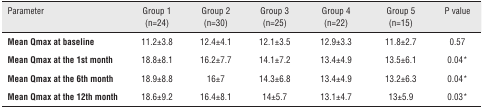
<table><thead><tr><td><b>Parameter</b></td><td><b>Group 1 (n=24)</b></td><td><b>Group 2 (n=30)</b></td><td><b>Group 3 (n=25)</b></td><td><b>Group 4 (n=22)</b></td><td><b>Group 5 (n=15)</b></td><td><b>P value</b></td></tr></thead><tbody><tr><td><b>Mean Qmax at baseline</b></td><td>11.2±3.8</td><td>12.4±4.1</td><td>12.1±3.5</td><td>12.9±3.3</td><td>11.8±2.7</td><td>0.57</td></tr><tr><td><b>Mean Qmax at the 1st month</b></td><td>18.8±8.1</td><td>16.2±7.7</td><td>14.1±7.2</td><td>13.4±4.9</td><td>13.5±6.1</td><td>0.04*</td></tr><tr><td><b>Mean Qmax at the 6th month</b></td><td>18.9±8.8</td><td>16±7</td><td>14.3±6.8</td><td>13.4±4.9</td><td>13.2±6.3</td><td>0.04*</td></tr><tr><td><b>Mean Qmax at the 12th month</b></td><td>18.6±9.2</td><td>16.4±8.1</td><td>14±5.7</td><td>13.1±4.7</td><td>13±5.9</td><td>0.03*</td></tr></tbody></table>